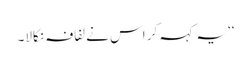
‘‘ یہ کہہ کر اس نے لفافہ نکالا۔